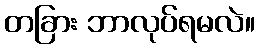
တခြား ဘာလုပ်ရမလဲ။